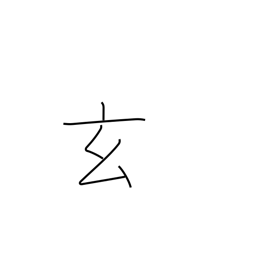
Meaning: occultness